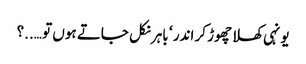
یونہی کھلا چھوڑ کر اندر ‘ باہر نکل جاتے ہوں تو …..؟